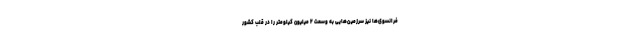
فرانسوی‌ها نیز سرزمین‌هایی به وسعت ۲ میلیون کیلومتر را در قلب کشور